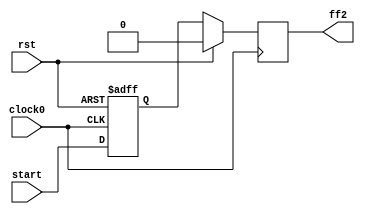
module hop1_L4( clock0, rst,ff2,start);

   	input clock0, rst,start;
   	output ff2;

   reg ff1,ff2;


  	always @( posedge clock0, posedge rst )
   	begin
   		if( rst )
       			ff1 <= 0;
		else
			ff1<= start;
	end


	always @(posedge clock0)
	begin
    		if( rst )
       			ff2 <= 0;      
    		else 
			ff2<= ff1;

	end

endmodule